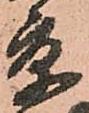
京